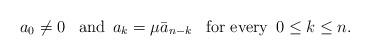
LaTeX: \begin{align*} a_0 \ne 0 \enskip \mbox{ and} \enskip a_k = \mu\bar a_{n-k} \enskip \mbox{ for every} \enskip 0 \le k \le n. \end{align*}